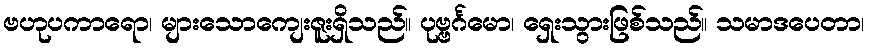
ဗဟုပကာရော၊ များသောကျေးဇူးရှိသည်။ ပုဗ္ဗင်္ဂမော၊ ရှေးသွားဖြစ်သည်။ သမာဒပေတာ၊